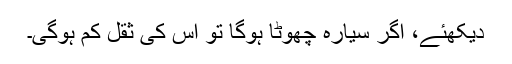
دیکھئے، اگر سیارہ چھوٹا ہوگا تو اس کی ثقل کم ہوگی۔